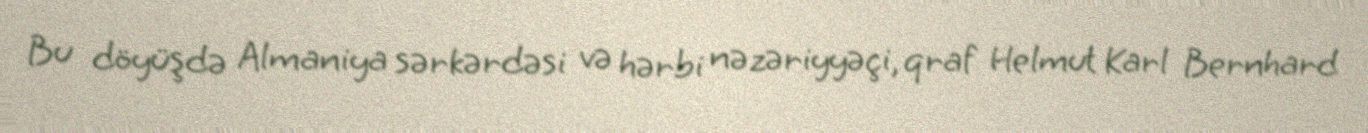
Bu döyüşdə Almaniya sərkərdəsi və hərbi nəzəriyyəçi, qraf Helmut Karl Bernhard